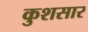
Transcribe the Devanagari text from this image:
कुशसार